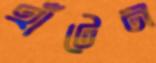
হাঁটেন